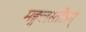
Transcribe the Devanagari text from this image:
मङ्गलस्तोत्रम्